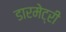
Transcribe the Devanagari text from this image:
डारमेट्री